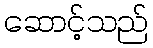
ဆောင့်သည်